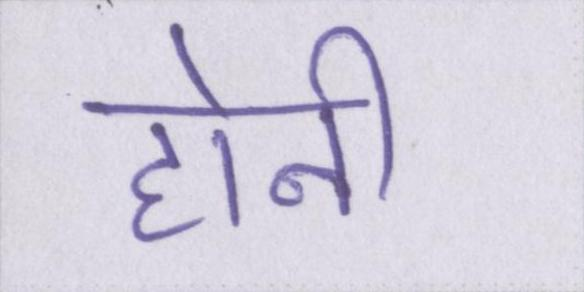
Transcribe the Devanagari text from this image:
होनी